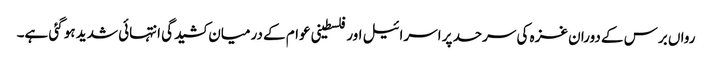
رواں برس کے دوران غزہ کی سرحد پر اسرائیل اور فلسطینی عوام کے درمیان کشیدگی انتہائی شدید ہو گئی ہے۔